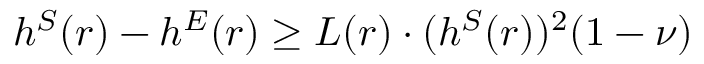
h ^ { S } ( r ) - h ^ { E } ( r ) \geq L ( r ) \cdot ( h ^ { S } ( r ) ) ^ { 2 } ( 1 - \nu )